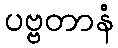
ပဗ္ဗတာနံ